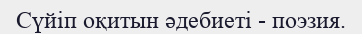
Сүйіп оқитын әдебиеті - поэзия.